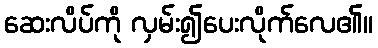
ဆေးလိပ်ကို လှမ်း၍ပေးလိုက်လေ၏။